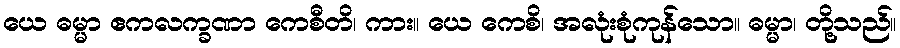
ယေ ဓမ္မာ ဧကလက္ခဏာ ကေစီတိ၊ ကား။ ယေ ကေစိ၊ အလုံးစုံကုန်သော။ ဓမ္မာ၊ တို့သည်။